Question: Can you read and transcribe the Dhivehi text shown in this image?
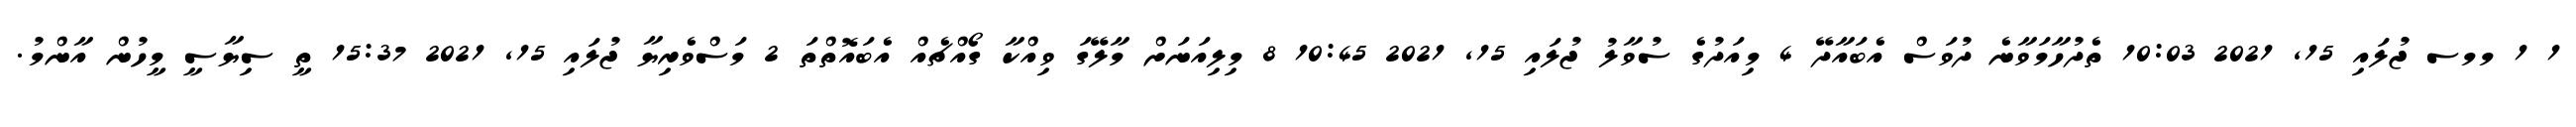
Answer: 1 1 މމސ ޖުލައި 15, 2021 10:03 ތެދުހާމަވާނެ ދުވަސް އެބައާދޭ 4 މިއަދުގެ ސުވާލު ޖުލައި 15, 2021 10:45 8 މިލިއަނަށް މާލޭގަ ވިއްކާ ގޯއްޗެއް އެބައޮތްތަ 2 މަސްވެރިޔާ ޖުލައި 15, 2021 15:37 ތީ ސިޔާސީ މީހުން އާންމު.